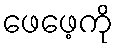
ဖေဖေ့ကို